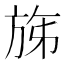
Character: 𣃩